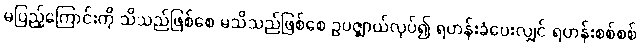
မပြည့်ကြောင်းကို သိသည်ဖြစ်စေ မသိသည်ဖြစ်စေ ဥပဇ္ဈာယ်လုပ်၍ ရဟန်းခံပေးလျှင် ရဟန်းစစ်စစ်